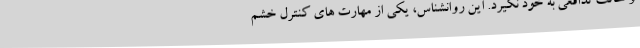
و حالت تدافعی به خود نگیرد. این روانشناس، یکی از مهارت های کنترل خشم